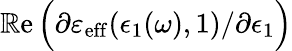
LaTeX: \operatorname{\mathbb{R}e}\Big(\partial\varepsilon_{\mathrm{{eff}}}(\epsilon_{1}(\omega),1)/\partial\epsilon_{1}\Big)